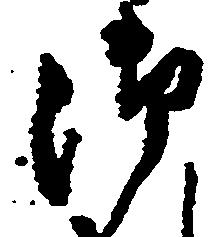
御